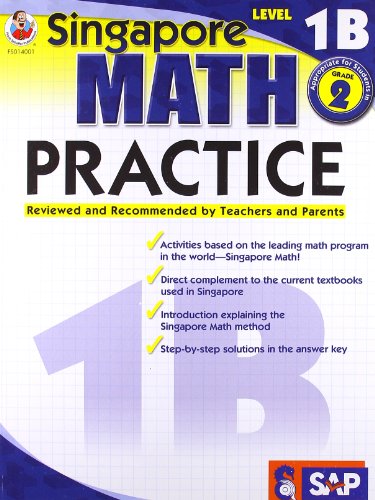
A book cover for Math Practice, Grade 2, level 1B (Singapore Math); Children's Books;